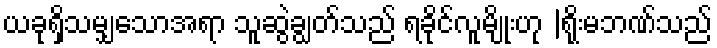
ယခုရှိသမျှသောအရာ သူဆွဲချွတ်သည် ရခိုင်လူမျိုးဟု |ရိုးမဘဏ်သည်